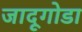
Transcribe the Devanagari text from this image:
जादूगोडा